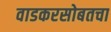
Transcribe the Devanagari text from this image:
वाडकरसोबतचा